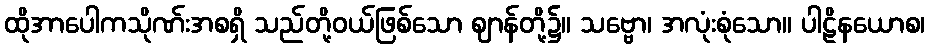
ထိုအာပေါကသိုဏ်းအစရှိ သည်တို့ဝယ်ဖြစ်သော ဈာန်တို့၌။ သဗ္ဗော၊ အလုံးစုံသော။ ပါဠိနယောစ၊